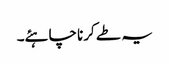
یہ طے کرنا چاہئے۔